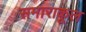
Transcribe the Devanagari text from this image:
समाराकूल